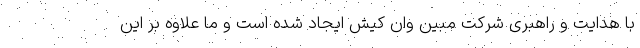
با هدایت و راهبری شرکت مبین وان کیش ایجاد شده است و ما علاوه بر این